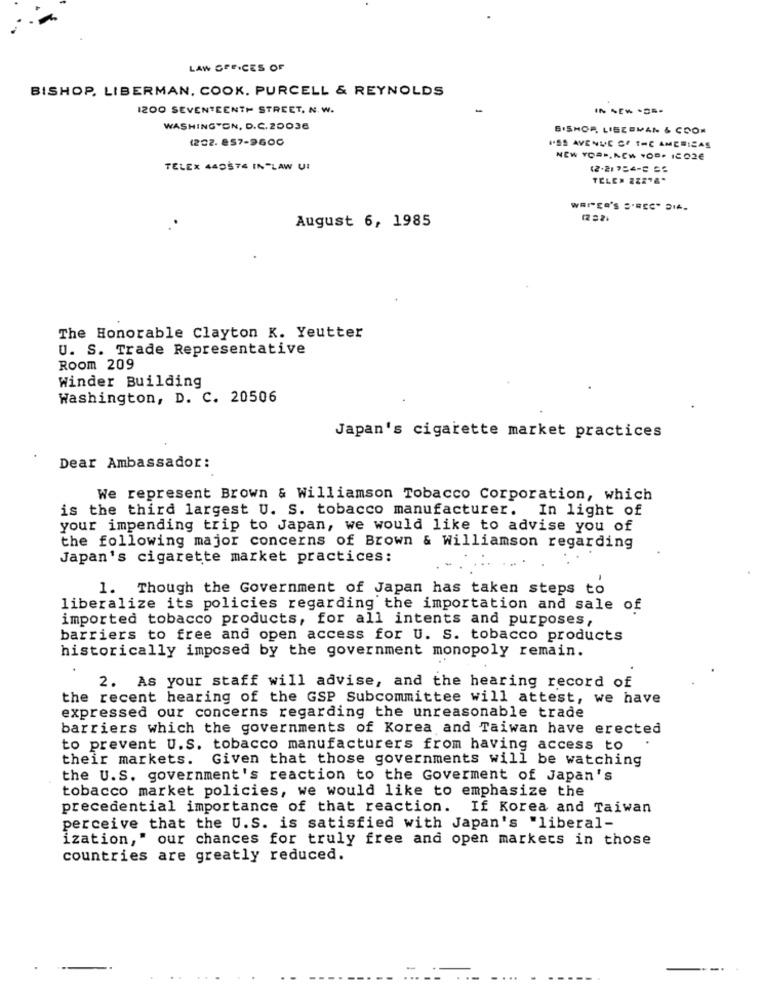
LAW OFFICES OF
BISHOP, LIBERMAN, COOK. PURCELL & REYNOLDS
1200 SEVENTEENTH STREET. N.W.
WASHINGTON, D.C.20036
BISHOP, LISZEMAN & COOK
(202. 857-9600
1SS AVENUE OF THE AMERICAS
TELEX 440576 IN-LAW UI
(2-21 754-8 36
August 6, 1985
The Honorable Clayton K. Yeutter
U. S. Trade Representative
Room 209
Winder Building
Washington, D. C. 20506
Japan's cigarette market practices
Dear Ambassador:
We represent Brown & Williamson Tobacco Corporation, which
is the third largest U. S. tobacco manufacturer. In light of
your impending trip to Japan, we would like to advise you of
the following major concerns of Brown & Williamson regarding
Japan's cigarette market practices:
1. Though the Government of Japan has taken steps to
liberalize its policies regarding the importation and sale of
imported tobacco products, for all intents and purposes,
barriers to free and open access for U. S. tobacco products
historically imposed by the government monopoly remain.
2. As your staff will advise, and the hearing record of
the recent hearing of the GSP Subcommittee will attest, we have
expressed our concerns regarding the unreasonable trade
barriers which the governments of Korea and Taiwan have erected
to prevent U.S. tobacco manufacturers from having access to
their markets.
Given that those governments will be watching
the U.S. government's reaction to the Goverment of Japan's
tobacco market policies, we would like to emphasize the
precedential importance of that reaction. If Korea and Taiwan
perceive that the U.S. is satisfied with Japan's "liberal-
ization," our chances for truly free and open markets in those
countries are greatly reduced.